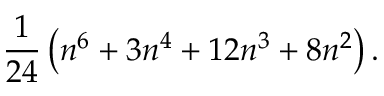
{ \frac { 1 } { 2 4 } } \left( n ^ { 6 } + 3 n ^ { 4 } + 1 2 n ^ { 3 } + 8 n ^ { 2 } \right) .